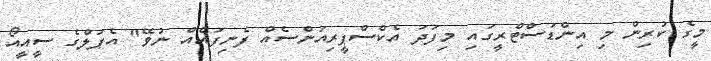
މީގެ ކުރިން މި އިންޑަސްޓްރީގައި މިފަދަ އެކްސްޕީރިއަންސެއް ފެނިފައެއް ނުވޭ" އެޕަލްގެ ސީއީއޯ